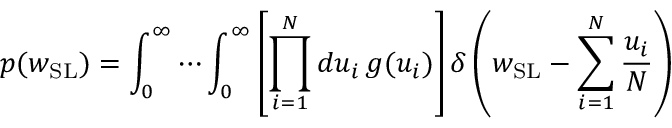
p ( w _ { \mathrm { S L } } ) = \int _ { 0 } ^ { \infty } \cdots \int _ { 0 } ^ { \infty } \left[ \prod _ { i = 1 } ^ { N } d u _ { i } \, g ( u _ { i } ) \right] \delta \left( w _ { \mathrm { S L } } - \sum _ { i = 1 } ^ { N } \frac { u _ { i } } { N } \right)